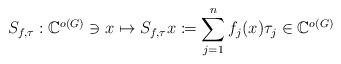
LaTeX: \begin{align*}S_{f, \tau}: \mathbb{C}^{o(G)} \ni x \mapsto S_{f, \tau}x\coloneqq \sum_{j=1}^{n}f_j(x)\tau_j \in \mathbb{C}^{o(G)}\end{align*}